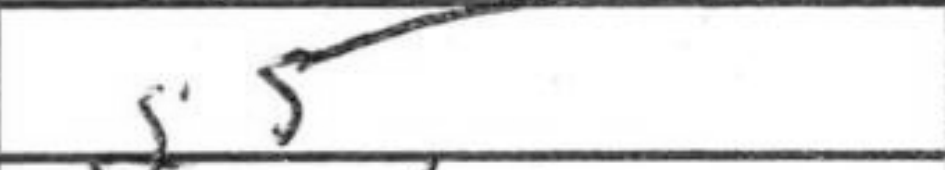
Transcription: g5